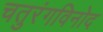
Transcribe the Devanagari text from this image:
चतुरंगविनोद